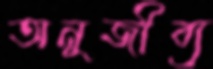
অনুজীব্য